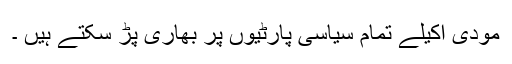
مودی اکیلے تمام سیاسی پارٹیوں پر بھاری پڑ سکتے ہیں ۔